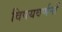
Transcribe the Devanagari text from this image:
विषयवर्णनों